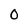
Character: O